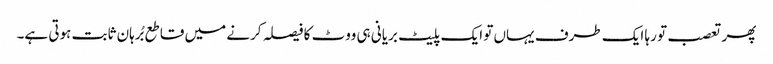
پھر تعصب تو رہا ایک طرف یہاں تو ایک پلیٹ بریانی ہی ووٹ کا فیصلہ کرنے میں قاطع بُرہان ثابت ہوتی ہے۔